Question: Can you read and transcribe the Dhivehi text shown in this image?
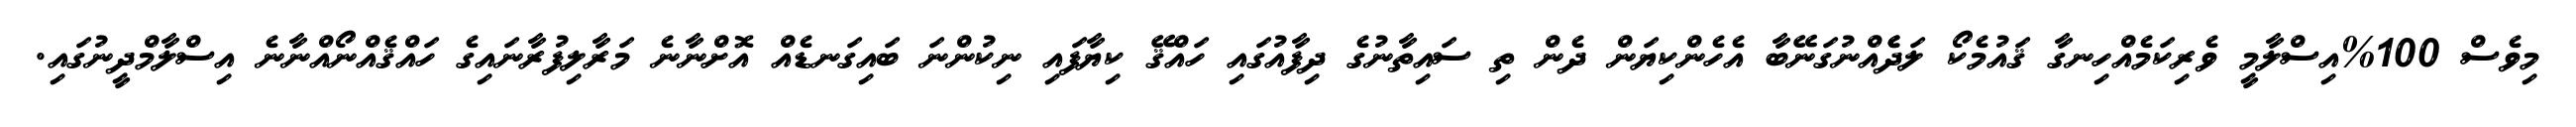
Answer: މިވެސް 100%އިސްލާމީ ވެރިކަމެއްހިނގާ ޤައުމެކޯ ލަދެެއްނުގަނޭބާ އެހެންކިޔަން ދެން ތި ސައިތާނުގެ ދިފާއުގައި ހައްޤޭ ކިޔާފައި ނިކުންނަ ބައިގަނޑެއް އޮށްނާނެ މަރާލިފުރާނައިގެ ހައްޤެއްނޯއްނާނެ އިސްލާމްދީނުގައި.